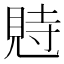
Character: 𧠴